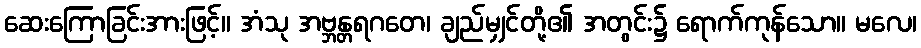
ဆေးကြောခြင်းအားဖြင့်။ အံသု အဗ္ဘန္တရဂတေ၊ ချည်မျှင်တို့၏ အတွင်း၌ ရောက်ကုန်သော။ မလေ၊